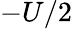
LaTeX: -U/2